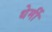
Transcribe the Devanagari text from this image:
थेर्मी